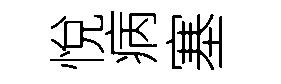
悅病塞